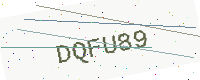
Text: DQFU89